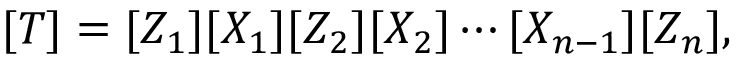
[ T ] = [ Z _ { 1 } ] [ X _ { 1 } ] [ Z _ { 2 } ] [ X _ { 2 } ] \cdots [ X _ { n - 1 } ] [ Z _ { n } ] ,